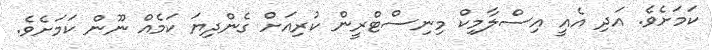
ކަމަށެވެ. އަދި އެއީ އިސްލާމިކް މިނިސްޓްރީން ކުރިއަށް ގެންދިޔަ ކަމެއް ނޫން ކަމަށެވެ.